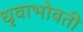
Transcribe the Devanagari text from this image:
धृवाभोवती